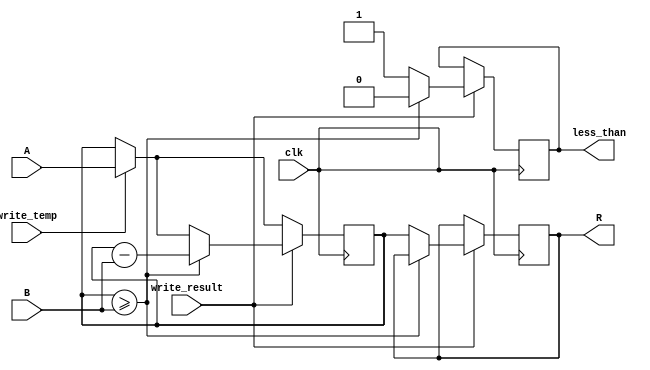
module mod_dp (
	input clk, 
	input [31:0] A, 
	input [31:0] B, 
	input write_temp, 
	input write_result, 
	output reg less_than, 
	output reg [31:0] R
); 

	reg [31:0] temp = 32'b0;
	
	
	always @(posedge clk) begin
		if (write_temp) begin
			temp <= A;
		end
		if (write_result) begin
			if (temp >= B) begin
				 less_than = 1'b0;
				 temp <= temp - B;
			end
			else begin
				less_than = 1'b1;
				R = temp; 
			end
		end
    end
	 

endmodule